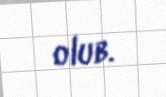
olub.